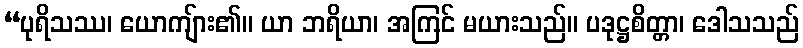
“ပုရိသဿ၊ ယောကျ်ား၏။ ယာ ဘရိယာ၊ အကြင် မယားသည်။ ပဒုဋ္ဌစိတ္တာ၊ ဒေါသသည်